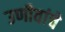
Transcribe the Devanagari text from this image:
उणीवांचे